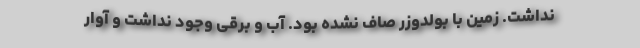
نداشت. زمین با بولدوزر صاف نشده بود. آب و برقی وجود نداشت و آوار